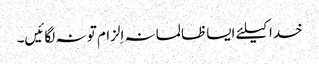
خدا کیلئے ایسا ظالمانہ اِلزام تو نہ لگائیں۔